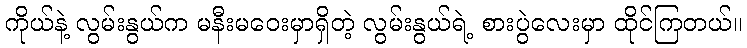
ကိုယ်နဲ့ လွမ်းနွယ်က မနီးမဝေးမှာရှိတဲ့ လွမ်းနွယ်ရဲ့ စားပွဲလေးမှာ ထိုင်ကြတယ်။